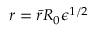
{ r } = \bar { r } R _ { 0 } { \epsilon } ^ { 1 / 2 }